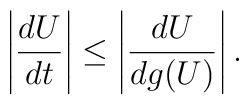
\left\vert\frac{dU}{dt}\right\vert \le  \left\vert\frac{dU}{dg(U)}\right\vert.